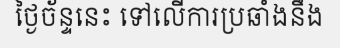
ថ្ងៃច័ន្ទនេះ ទៅលើការប្រឆាំងនឹង